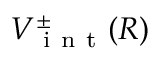
V _ { \mathrm { ~ i ~ n ~ t ~ } } ^ { \pm } ( R )